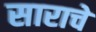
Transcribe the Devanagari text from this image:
साराचे